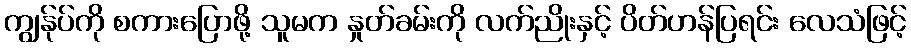
ကျွန်ုပ်ကို စကားပြောဖို့ သူမက နှုတ်ခမ်းကို လက်ညိုးနှင့် ပိတ်ဟန်ပြရင်း လေသံဖြင့်